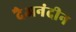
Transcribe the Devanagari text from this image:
दैअनंदीन